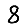
Digit: 8